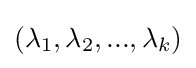
(\lambda _{1},\lambda _{2},...,\lambda _{k})